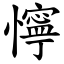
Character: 懧